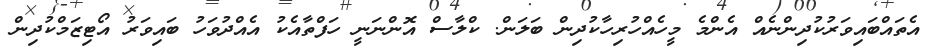
އެތައްބައިވަރުކުދިންނެއް އެންމެ މީހެއްހުރިހާކުދިން ބަލަން. ކްލާސް އޮންނަނީ ހަފްތާއެކު އެއްދުވަހު ބައިވަރު އޯޓިޒަމްކުދިން